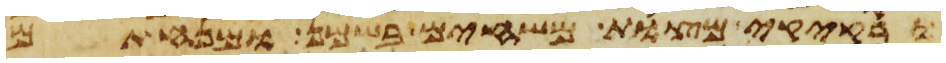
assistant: ורקיקי מצות משחים בשמן ומנחתם